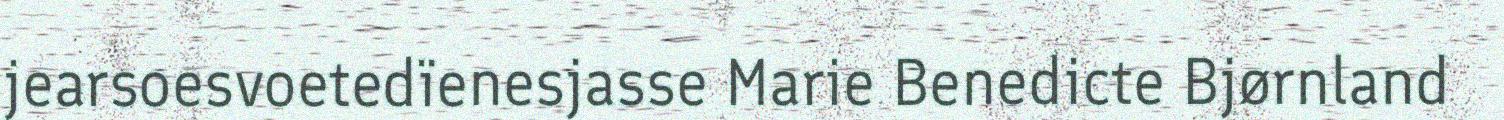
jearsoesvoetedïenesjasse Marie Benedicte Bjørnland